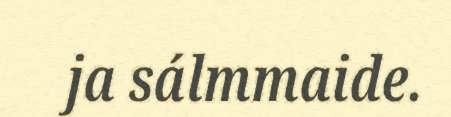
ja sálmmaide.